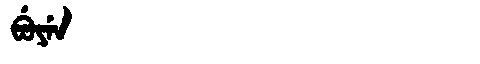
Manchu: ᠪᡠᠶᡝᠨ
Romanization: BUYEN